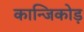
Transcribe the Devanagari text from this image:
कान्जिकोड़